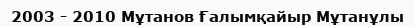
2003 - 2010 Мұтанов Ғалымқайыр Мұтанұлы